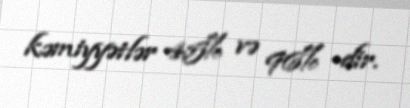
kəmiyyətlər 45% və 96% -dir.